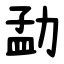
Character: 勐